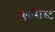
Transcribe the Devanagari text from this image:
क्लासिस्ट